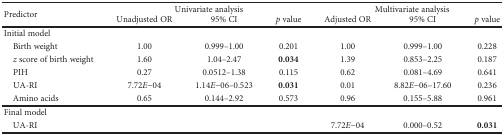
<table><thead><tr><td rowspan="2"><b>Predictor</b></td><td colspan="3"><b>Univariate analysis</b></td><td colspan="3"><b>Multivariate analysis</b></td></tr><tr><td><b>Unadjusted OR</b></td><td><b>95% CI</b></td><td><b><i>p</i> value</b></td><td><b>Adjusted OR</b></td><td><b>95% CI</b></td><td><b><i>p</i> value</b></td></tr></thead><tbody><tr><td>Initial model</td><td></td><td></td><td></td><td></td><td></td><td></td></tr><tr><td> Birth weight</td><td>1.00</td><td>0.999–1.00</td><td>0.201</td><td>1.00</td><td>0.999–1.00</td><td>0.228</td></tr><tr><td> <i>z</i> score of birth weight</td><td>1.60</td><td>1.04–2.47</td><td><b>0.034</b></td><td>1.39</td><td>0.853–2.25</td><td>0.187</td></tr><tr><td> PIH</td><td>0.27</td><td>0.0512–1.38</td><td>0.115</td><td>0.62</td><td>0.081–4.69</td><td>0.641</td></tr><tr><td> UA-RI</td><td>7.72<i>E−</i>04</td><td>1.14<i>E−</i>06–0.523</td><td><b>0.031</b></td><td>0.01</td><td>8.82<i>E−</i>06–17.60</td><td>0.236</td></tr><tr><td> Amino acids</td><td>0.65</td><td>0.144–2.92</td><td>0.573</td><td>0.96</td><td>0.155–5.88</td><td>0.961</td></tr><tr><td>Final model</td><td></td><td></td><td></td><td></td><td></td><td></td></tr><tr><td> UA-RI</td><td></td><td></td><td></td><td>7.72<i>E−</i>04</td><td>0.000–0.52</td><td><b>0.031</b></td></tr></tbody></table>